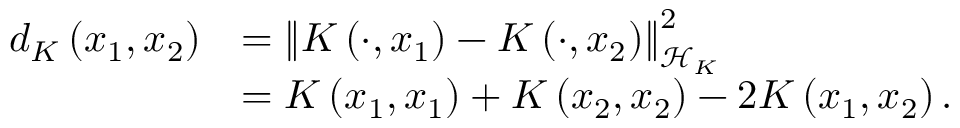
\begin{array} { r l } { d _ { K } \left( x _ { 1 } , x _ { 2 } \right) } & { = \left\Vert K \left( \cdot , x _ { 1 } \right) - K \left( \cdot , x _ { 2 } \right) \right\Vert _ { \mathscr { H } _ { K } } ^ { 2 } } \\ & { = K \left( x _ { 1 } , x _ { 1 } \right) + K \left( x _ { 2 } , x _ { 2 } \right) - 2 K \left( x _ { 1 } , x _ { 2 } \right) . } \end{array}